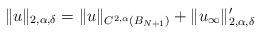
LaTeX: \begin{align*}\| u \|_{2, \alpha, \delta} = \| u \|_{C^{2, \alpha}(B_{N+1})} + \| u_{\infty}\|_{2, \alpha, \delta}'\end{align*}